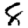
Digit: 8